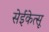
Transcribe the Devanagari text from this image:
सेईकेत्सू